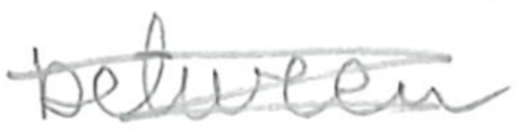
Text: between
Cross-out: scratch
Writing tool: pencil